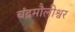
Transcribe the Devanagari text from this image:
चंद्रमौलीश्वर